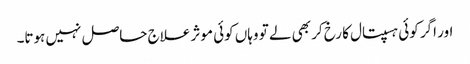
اور اگر کوئی ہسپتال کا رخ کر بھی لے تو وہاں کوئی موثر علاج حاصل نہیں ہوتا۔